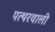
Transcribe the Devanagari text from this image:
पत्थरवाली